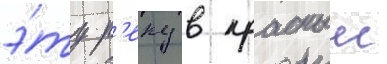
э́ту р'еку в красныи